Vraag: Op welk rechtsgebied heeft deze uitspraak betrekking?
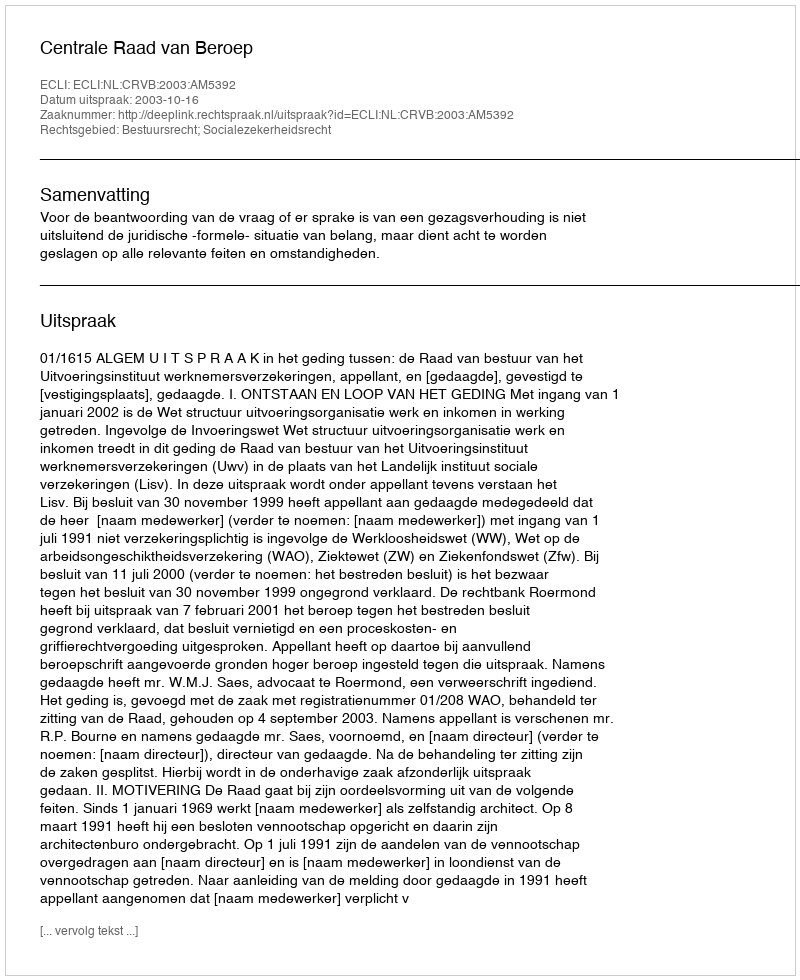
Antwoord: Bestuursrecht; Socialezekerheidsrecht